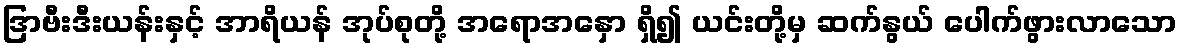
ဒြာဗီးဒီးယန်းနှင့် အာရိယန် အုပ်စုတို့ အရောအနှော ရှိ၍ ယင်းတို့မှ ဆက်နွယ် ပေါက်ဖွားလာသော